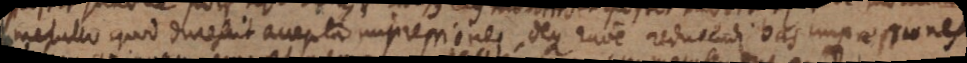
metallo quod durescit accepta impressione, deque ratione reducendi has impressiones